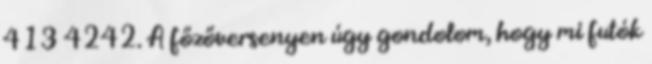
413 4242. A főzőversenyen úgy gondolom, hogy mi futók